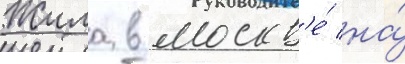
Жила в москв'е́ на́